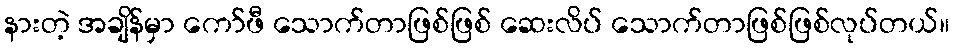
နားတဲ့ အချိန်မှာ ကော်ဖီ သောက်တာဖြစ်ဖြစ် ဆေးလိပ် သောက်တာဖြစ်ဖြစ်လုပ်တယ်။